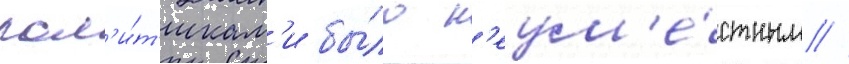
пол'и́т'икам'и бы́ло н'еум'е́стным //